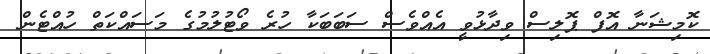
ކޮމިޝަނާ އޮފް ޕޮލިސް ވިދާޅުވީ އެއްވެސް ސަބަބަކާ ހުރެ ވޯޓުލުމުގެ މަސައްކަތް ހުއްޓެން